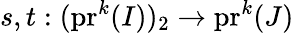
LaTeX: s,t:(\mathrm{pr}^{k}(I))_{2}\to\mathrm{pr}^{k}(J)